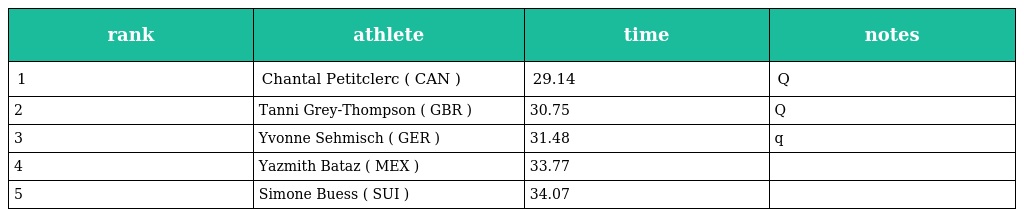
| rank | athlete | time | notes |
 | --- | --- | --- | --- |
 | 1 | Chantal Petitclerc ( CAN ) | 29.14 | Q |
 | 2 | Tanni Grey-Thompson ( GBR ) | 30.75 | Q |
 | 3 | Yvonne Sehmisch ( GER ) | 31.48 | q |
 | 4 | Yazmith Bataz ( MEX ) | 33.77 |  |
 | 5 | Simone Buess ( SUI ) | 34.07 |  |